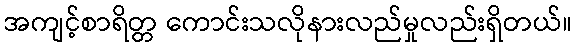
အကျင့်စာရိတ္တ ကောင်းသလိုနားလည်မှုလည်းရှိတယ်။